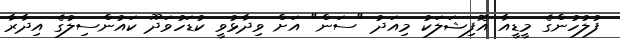
ފުލުހުންގެ މީޑީއާ އޮފިޝަލަކު މިއަދު "ސަން" އަށް ވިދާޅުވީ ކުޑަހުވަދޫ ކައުންސިލުގެ އިދާރާ